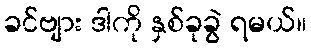
ခင်ဗျား ဒါကို နှစ်ခုခွဲ ရမယ်။